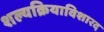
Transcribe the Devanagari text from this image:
शल्यक्रियाविशारद